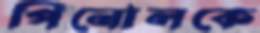
পিনোলকে